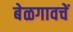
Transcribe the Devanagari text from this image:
बेळगावचें